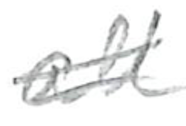
Text: all
Cross-out: double-line
Writing tool: pencil